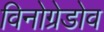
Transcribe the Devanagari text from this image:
विनोग्रेडोव